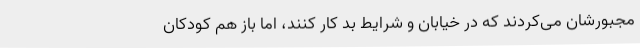
مجبورشان می‌کردند که در خیابان و شرایط بد کار کنند، اما باز هم کودکان